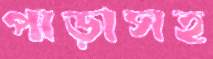
পাড়াসহ